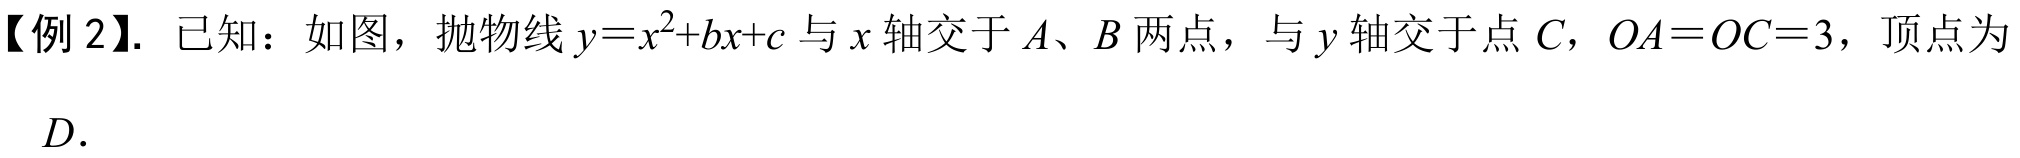
【例 2】. 已知：如图，抛物线\(y = x^{2}+bx + c\)与\(x\)轴交于\(A\)、\(B\)两点，与\(y\)轴交于点\(C\)，\(OA = OC = 3\)，顶点为
\(D\).